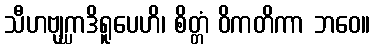
သီဟဗျဂ္ဃာဒိရူပေဟိ၊ စိတ္တံ ဝိကတိကာ ဘဝေ။